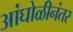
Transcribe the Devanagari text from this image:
आंघोळीनंतर